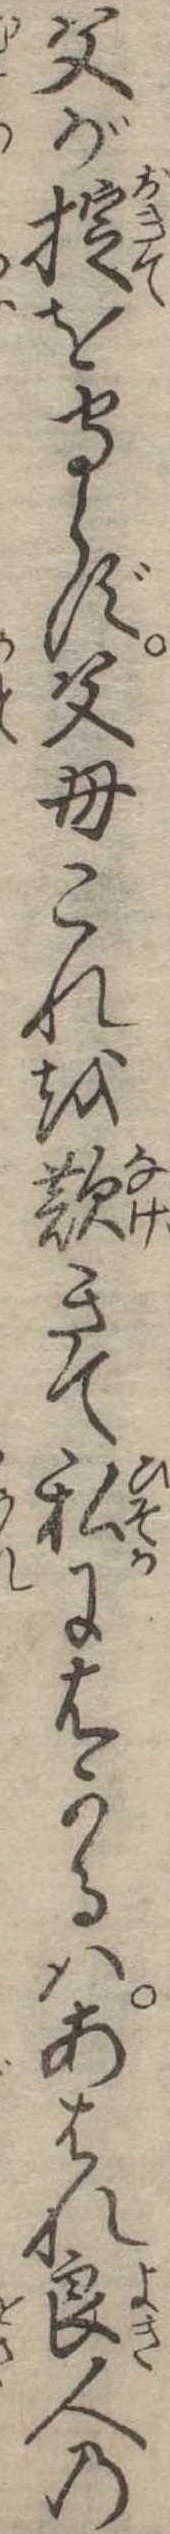
父が掟を守らず父母これを歎きて私にはかるはあはれ良人の